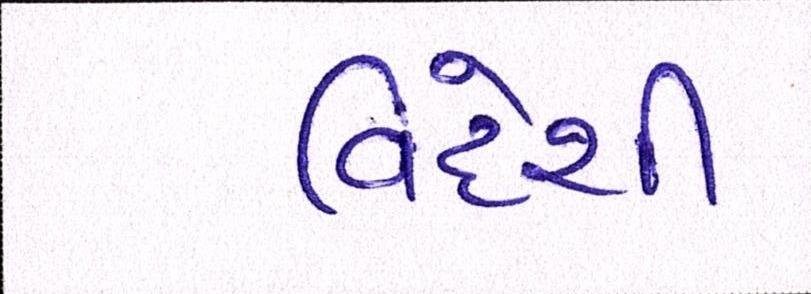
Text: વિદેશી